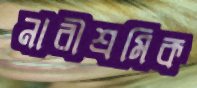
নারীশ্রমিক